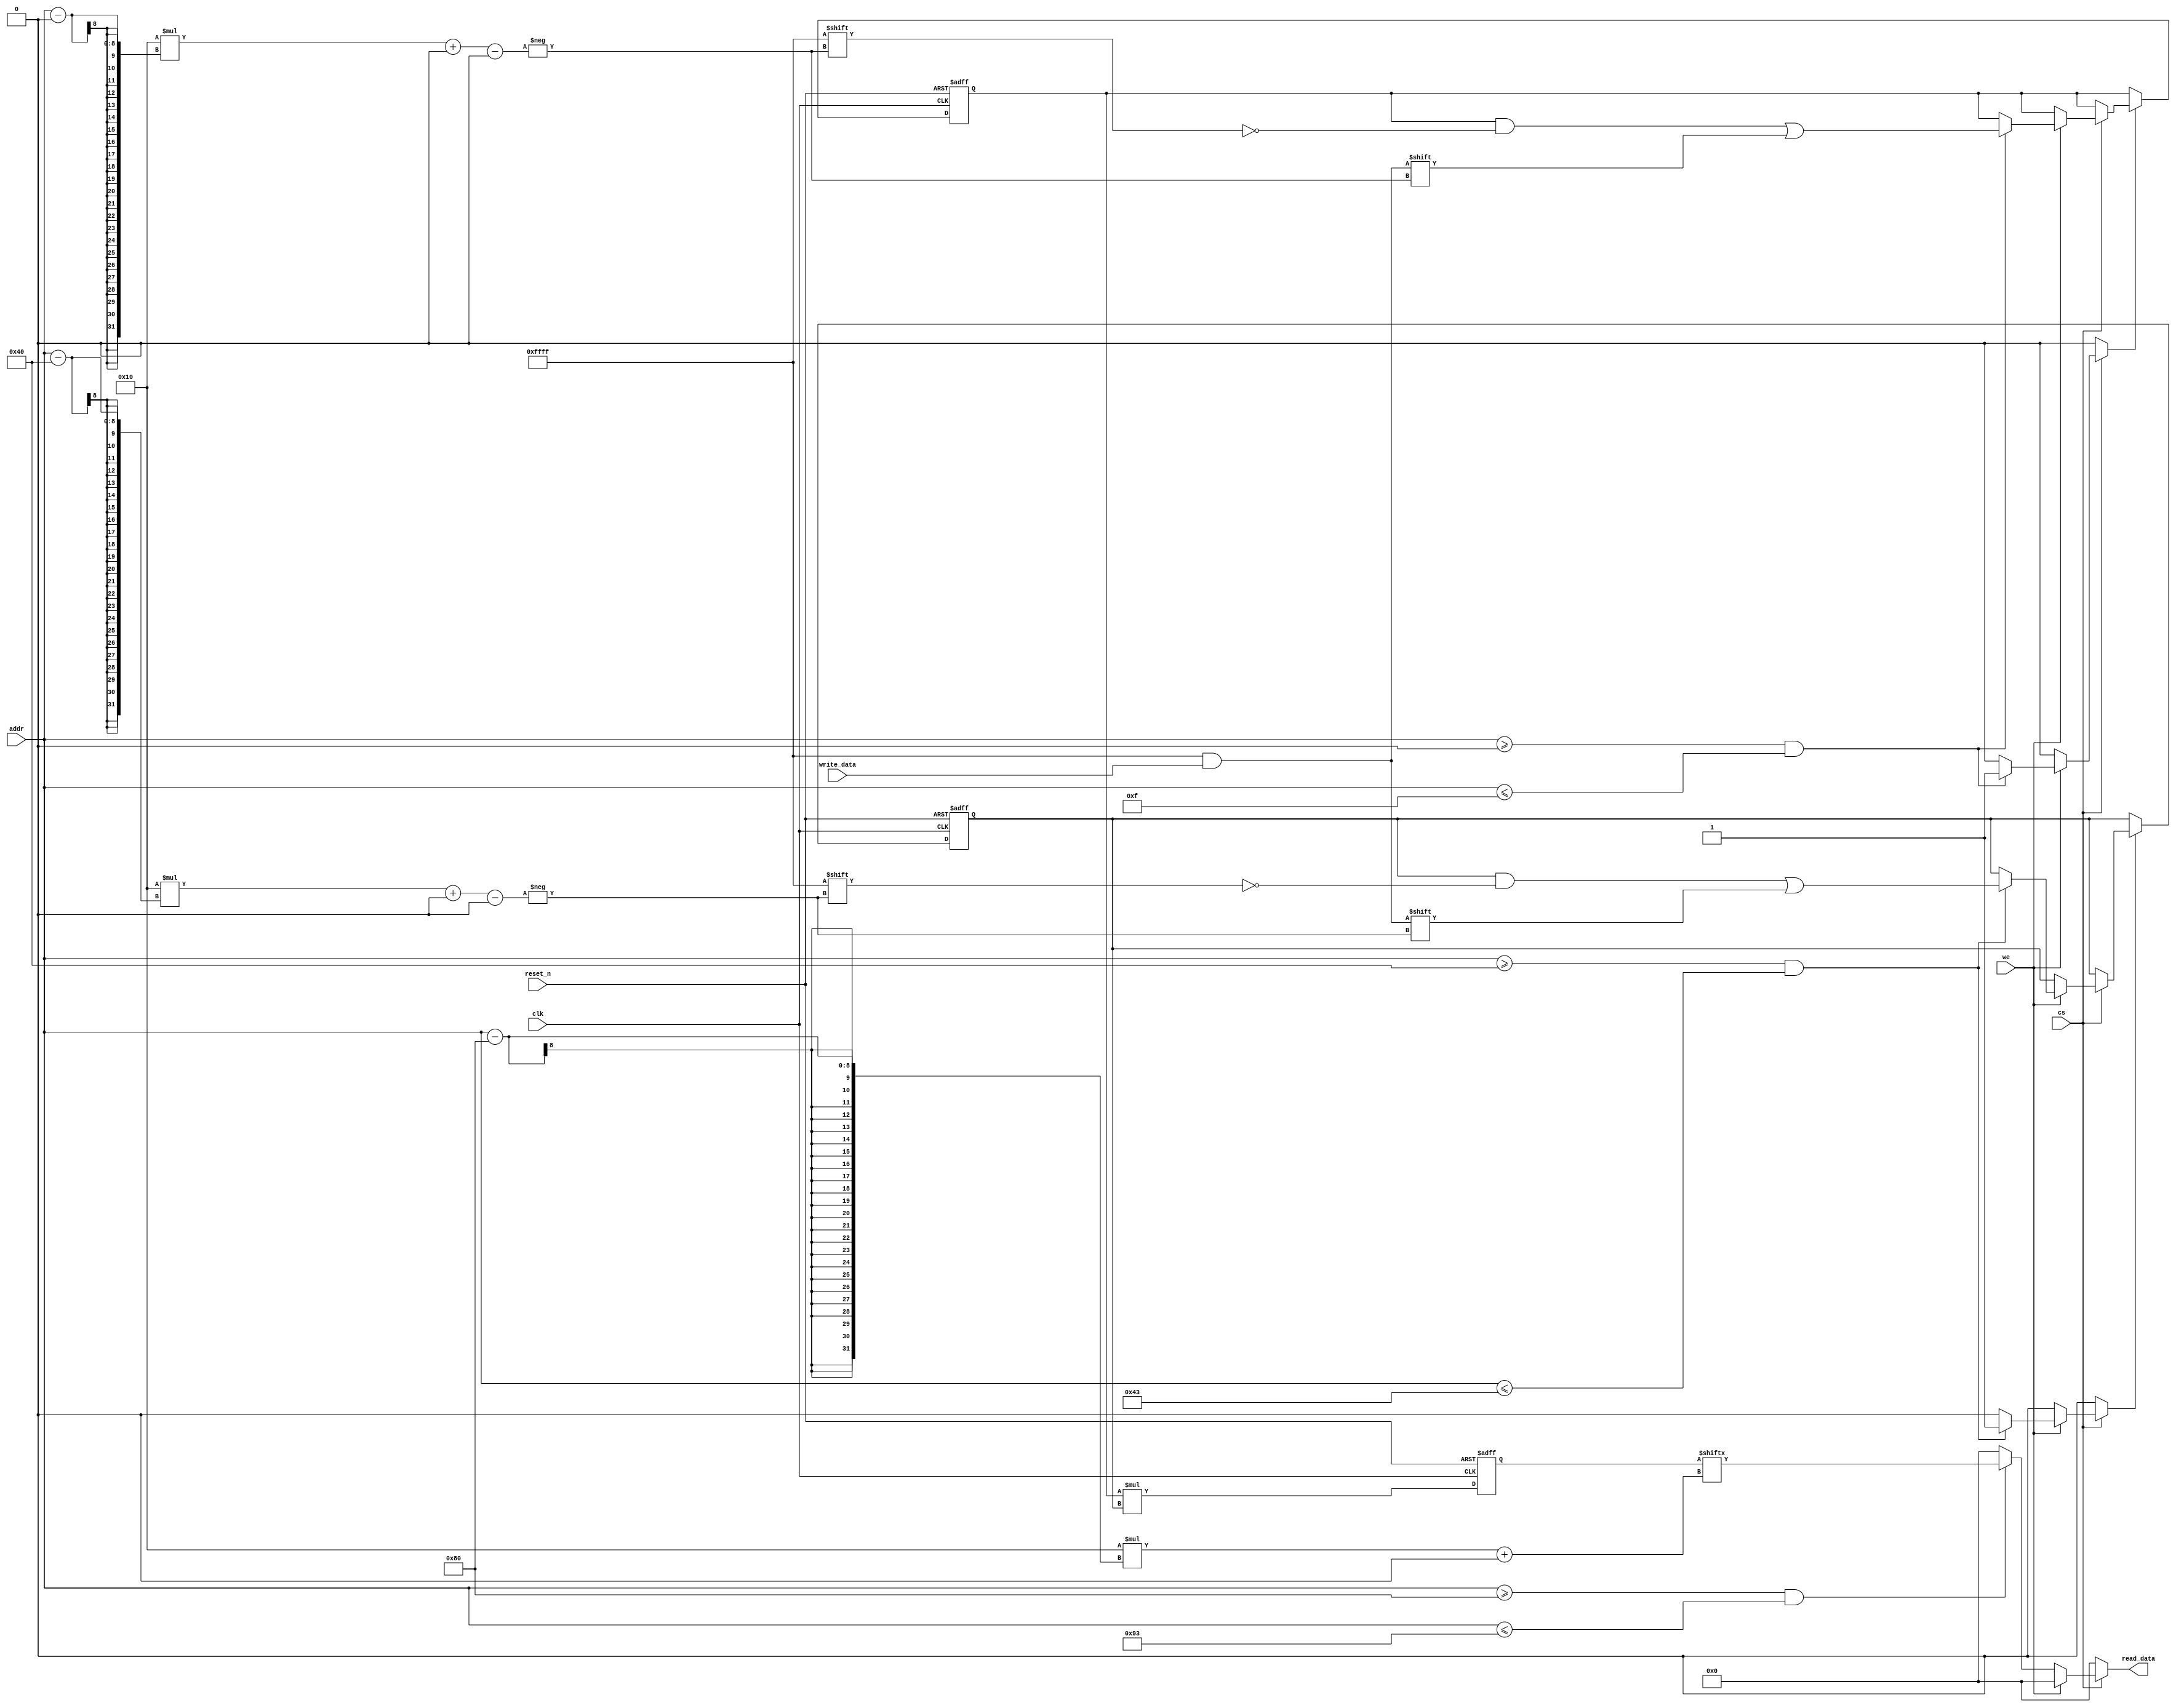
module mult(
            input wire                        clk,
            input wire                        reset_n,
            input wire                        cs,
            input wire                        we,
            input wire  [7 : 0]               addr,
            input wire  [(API_WIDTH - 1) : 0] write_data,
            output wire [(API_WIDTH - 1) : 0] read_data
           );
  parameter API_WIDTH       = 16;
  parameter OPA_WIDTH       = 256;
  parameter OPB_WIDTH       = 64;
  localparam OPA_WORDS      = OPA_WIDTH / API_WIDTH;
  localparam OPA_BASE_ADDR  = 8'h00;
  localparam OPA_TOP_ADDR   = (OPA_BASE_ADDR + OPA_WORDS - 1);
  localparam OPB_WORDS      = OPB_WIDTH / API_WIDTH;
  localparam OPB_BASE_ADDR  = 8'h40;
  localparam OPB_TOP_ADDR   = (OPB_BASE_ADDR + OPB_WORDS - 1);
  localparam PROD_WIDTH     = OPA_WIDTH + OPB_WIDTH;
  localparam PROD_WORDS     = PROD_WIDTH / API_WIDTH;
  localparam PROD_BASE_ADDR = 8'h80;
  localparam PROD_TOP_ADDR  = (PROD_BASE_ADDR + PROD_WORDS - 1);
  reg [(OPA_WIDTH - 1) : 0] opa_reg;
  reg [(OPA_WIDTH - 1) : 0] opa_new;
  reg                       opa_we;
  reg [(OPA_WIDTH - 1) : 0] opb_reg;
  reg [(OPA_WIDTH - 1) : 0] opb_new;
  reg                       opb_we;
  reg [(PROD_WIDTH - 1) : 0] prod_reg;
  reg [(PROD_WIDTH - 1) : 0] prod_new;
  reg [(API_WIDTH -1) : 0] tmp_read_data;
  assign read_data = tmp_read_data;
  always @ (posedge clk or negedge reset_n)
    begin : reg_update
      if (!reset_n)
        begin
          opa_reg  <= {(OPA_WIDTH){1'h0}};
          opb_reg  <= {(OPB_WIDTH){1'h0}};
          prod_reg <= {(PROD_WIDTH){1'h0}};
        end
      else
        begin
          prod_reg <= prod_new;
          if (opa_we)
            opa_reg <= opa_new;
          if (opb_we)
            opb_reg <= opb_new;
        end
    end 
  always @*
    begin : mult_logic
      prod_new = opa_reg * opb_reg;
    end
  always @*
    begin : api
      tmp_read_data = {(API_WIDTH){1'h0}};
      opa_new       = opa_reg;
      opa_we        = 0;
      opb_new       = opb_reg;
      opb_we        = 0;
      if (cs)
        begin
          if (we)
            begin
              if ((addr >= OPA_BASE_ADDR) && (addr <= OPA_TOP_ADDR))
                begin
                  opa_new[API_WIDTH * (addr - OPA_BASE_ADDR) +: API_WIDTH] = write_data;
                  opa_we = 1;
                end
              if ((addr >= OPB_BASE_ADDR) && (addr <= OPB_TOP_ADDR))
                begin
                  opb_new[API_WIDTH * (addr - OPB_BASE_ADDR) +: API_WIDTH] = write_data;
                  opb_we = 1;
                end
            end
          else
            begin
              if ((addr >= PROD_BASE_ADDR) && (addr <= PROD_TOP_ADDR))
                tmp_read_data = prod_reg[API_WIDTH * (addr - PROD_BASE_ADDR) +: API_WIDTH];
            end
        end
    end 
endmodule